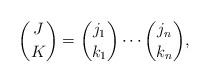
LaTeX: \begin{align*}{J \choose K}={j_1\choose k_1}\cdots{j_n\choose k_n},\end{align*}